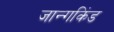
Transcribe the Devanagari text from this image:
जान्गकिंड